Vaccination Hyderabad 1872-1889 - 1872-1889
Year: 1872
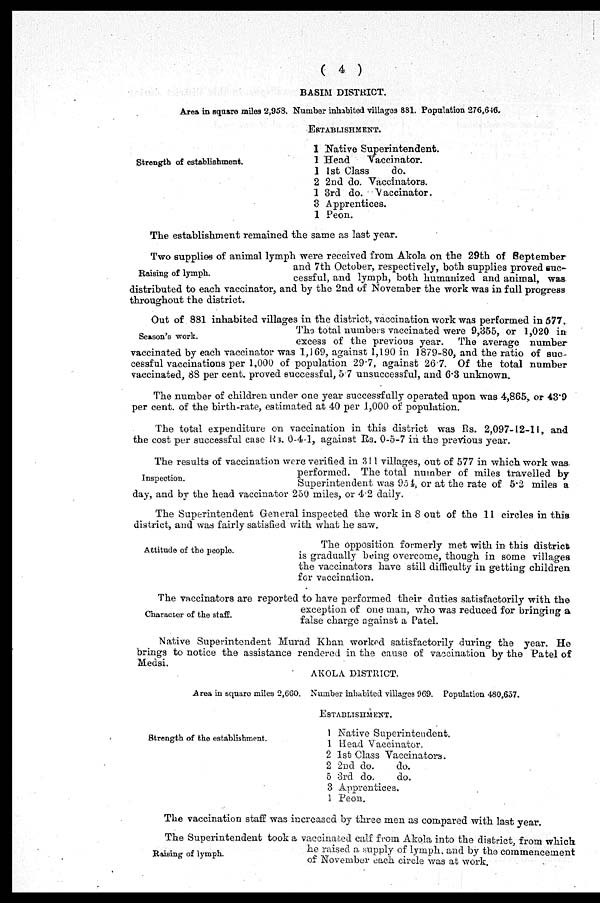
( 4 )
BASIM DISTRICT.
Area in square miles 2,958. Number inhabited villages 881. Population 276,646.
Strength of establishment.
ESTABLISHMENT.
1
1
1
2
1
3
1
Native Superintendent.
Head
vaccinator.
1st Class
do.
2nd do. Vaccinators.
3rd do. Vaccinator.
Apprentices.
Peon.
The establishment remained the same as last year.
Raising of lymph.
Two supplies of animal lymph were received from Akola on the 29th of September
and 7th October, respectively, both supplies proved suc-
cessful, and lymph, both humanized and animal, was
distributed to each vaccinator, and by the 2nd of November the work was in full progress
throughout the district.
Season's work.
Out of 881 inhabited villages in the district, vaccination work was performed in 577.
The total numbers vaccinated were 9,355, or 1,020 in
excess of the previous year. The average number
vaccinated by each vaccinator was 1,169, against 1,190 in 1879-80, and the ratio of suc-
cessful vaccinations per 1,000 of population 29.7, against 26.7. Of the total number
vaccinated, 88 per cent. proved successful, 5.7 unsuccessful, and 6.3 unknown.
The number of children under one year successfully operated upon was 4,865, or 43.9
per cent. of the birth-rate, estimated at 40 per 1,000 of population.
The total expenditure on vaccination in this district was Rs. 2,097-12-11, and
the cost per successful case Rs. 0-4-1, against Rs. 0-5-7 in the previous year.
Inspection.
The results of vaccination were verified in 311 villages, out of 577 in which work was.
performed. The total number of miles travelled by
Superintendent was 954, or at the rate of 5.2 miles a
day, and by the head vaccinator 250 miles, or 4.2 daily.
The Superintendent General inspected the work in 8 out of the 11 circles in this
district, and was fairly satisfied with what he saw.
Attitude of the people.
The opposition formerly met with in this district
is gradually being overcome, though in some villages
the vaccinators have still difficulty in getting children
for vaccination.
Character of the staff.
The vaccinators are reported to have performed their duties satisfactorily with the
exception of one man, who was reduced for bringing a
false charge against a Patel.
Native Superintendent Murad Khan worked satisfactorily during the year. He
brings to notice the assistance rendered in the cause of vaccination by the Patel of
Medsi.
AKOLA DISTRICT.
Area in square miles 2,660. Number inhabited villages 969. Population 480,657.
Strength of the establishment.
ESTABLISHMENT.
1
1
2
2
5
3
1
Native Superintendent.
Head Vaccinator.
1st Class Vaccinators.
2nd do.
do.
3rd do.
do.
Apprentices.
Peon.
The vaccination staff was increased by three men as compared with last year.
Raising of lymph.
The Superintendent took a vaccinated calf from Akola into the district, from which
he raised a supply of lymph, and by the commencement
of November each circle was at work.